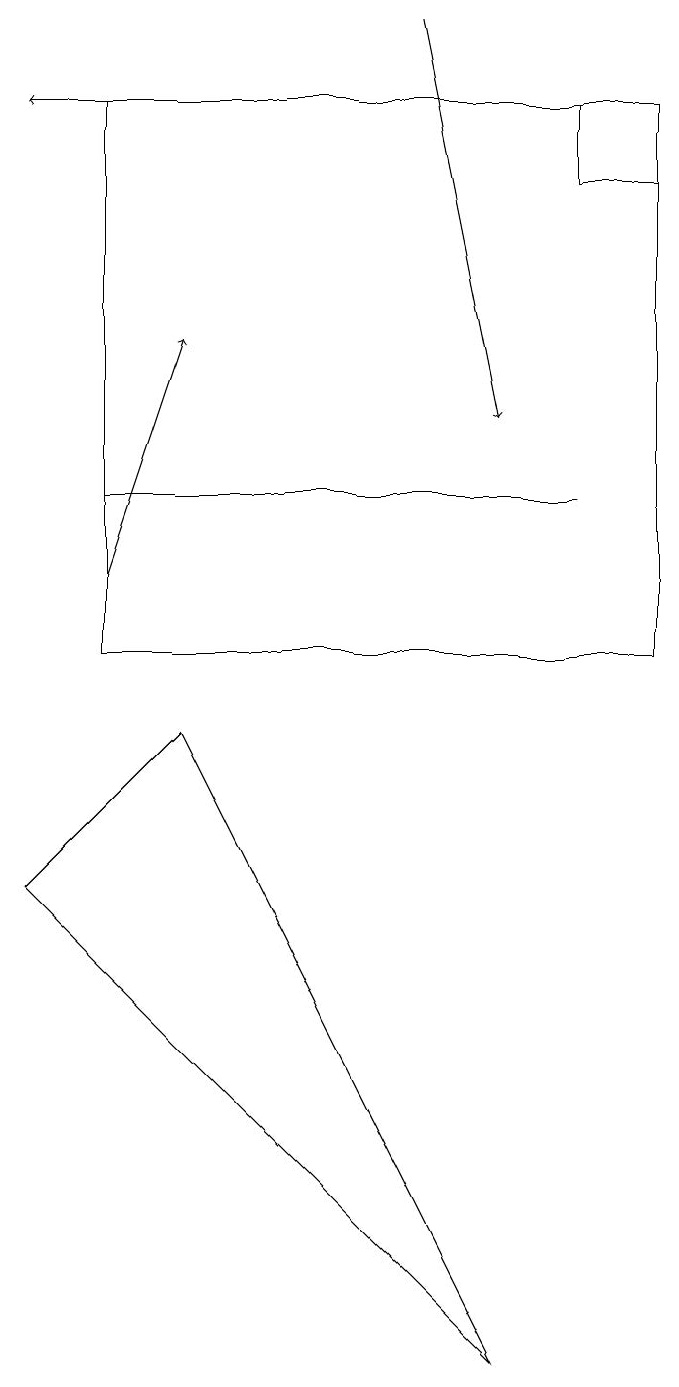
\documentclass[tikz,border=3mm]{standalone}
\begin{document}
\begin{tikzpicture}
\draw (6,1) -- (0,7) -- (2,9) -- cycle;
\draw[->] (5,17) -- (0,17);
\draw (8,16) rectangle (7,17);
\draw (1,12) rectangle (7,12);
\draw[->] (5,18) -- (6,13);
\draw[->] (1,11) -- (2,14);
\draw (8,10) rectangle (1,17);
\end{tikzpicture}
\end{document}